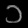
Digit: ၁